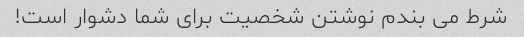
شرط می بندم نوشتن شخصیت برای شما دشوار است!